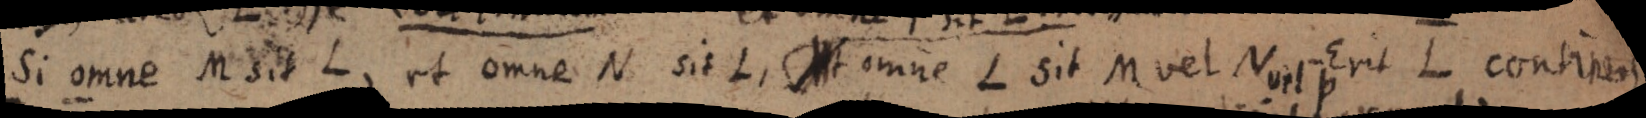
Si omne M sit L et omne N sit L. _ omne L sit M vel N Erit L contineos